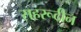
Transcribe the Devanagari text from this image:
सहरूदीन